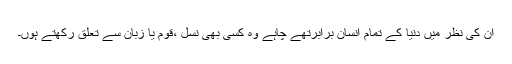
ان کی نظر میں دنیا کے تمام انسان برابرتھے چاہے وہ کسی بھی نسل ،قوم یا زبان سے تعلق رکھتے ہوں۔